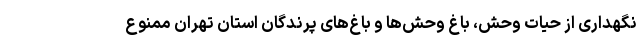
نگهداری از حیات وحش، باغ وحش‌ها و باغ‌های پرندگان استان تهران ممنوع